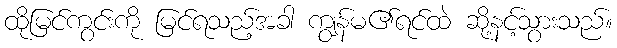
ထိုမြင်ကွင်းကို မြင်ရသည့်အခါ ကျွန်မ၏ရင်ထဲ ဆို့နင့်သွားသည်။